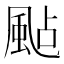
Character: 颭